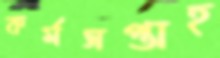
কর্মসপ্তাহ